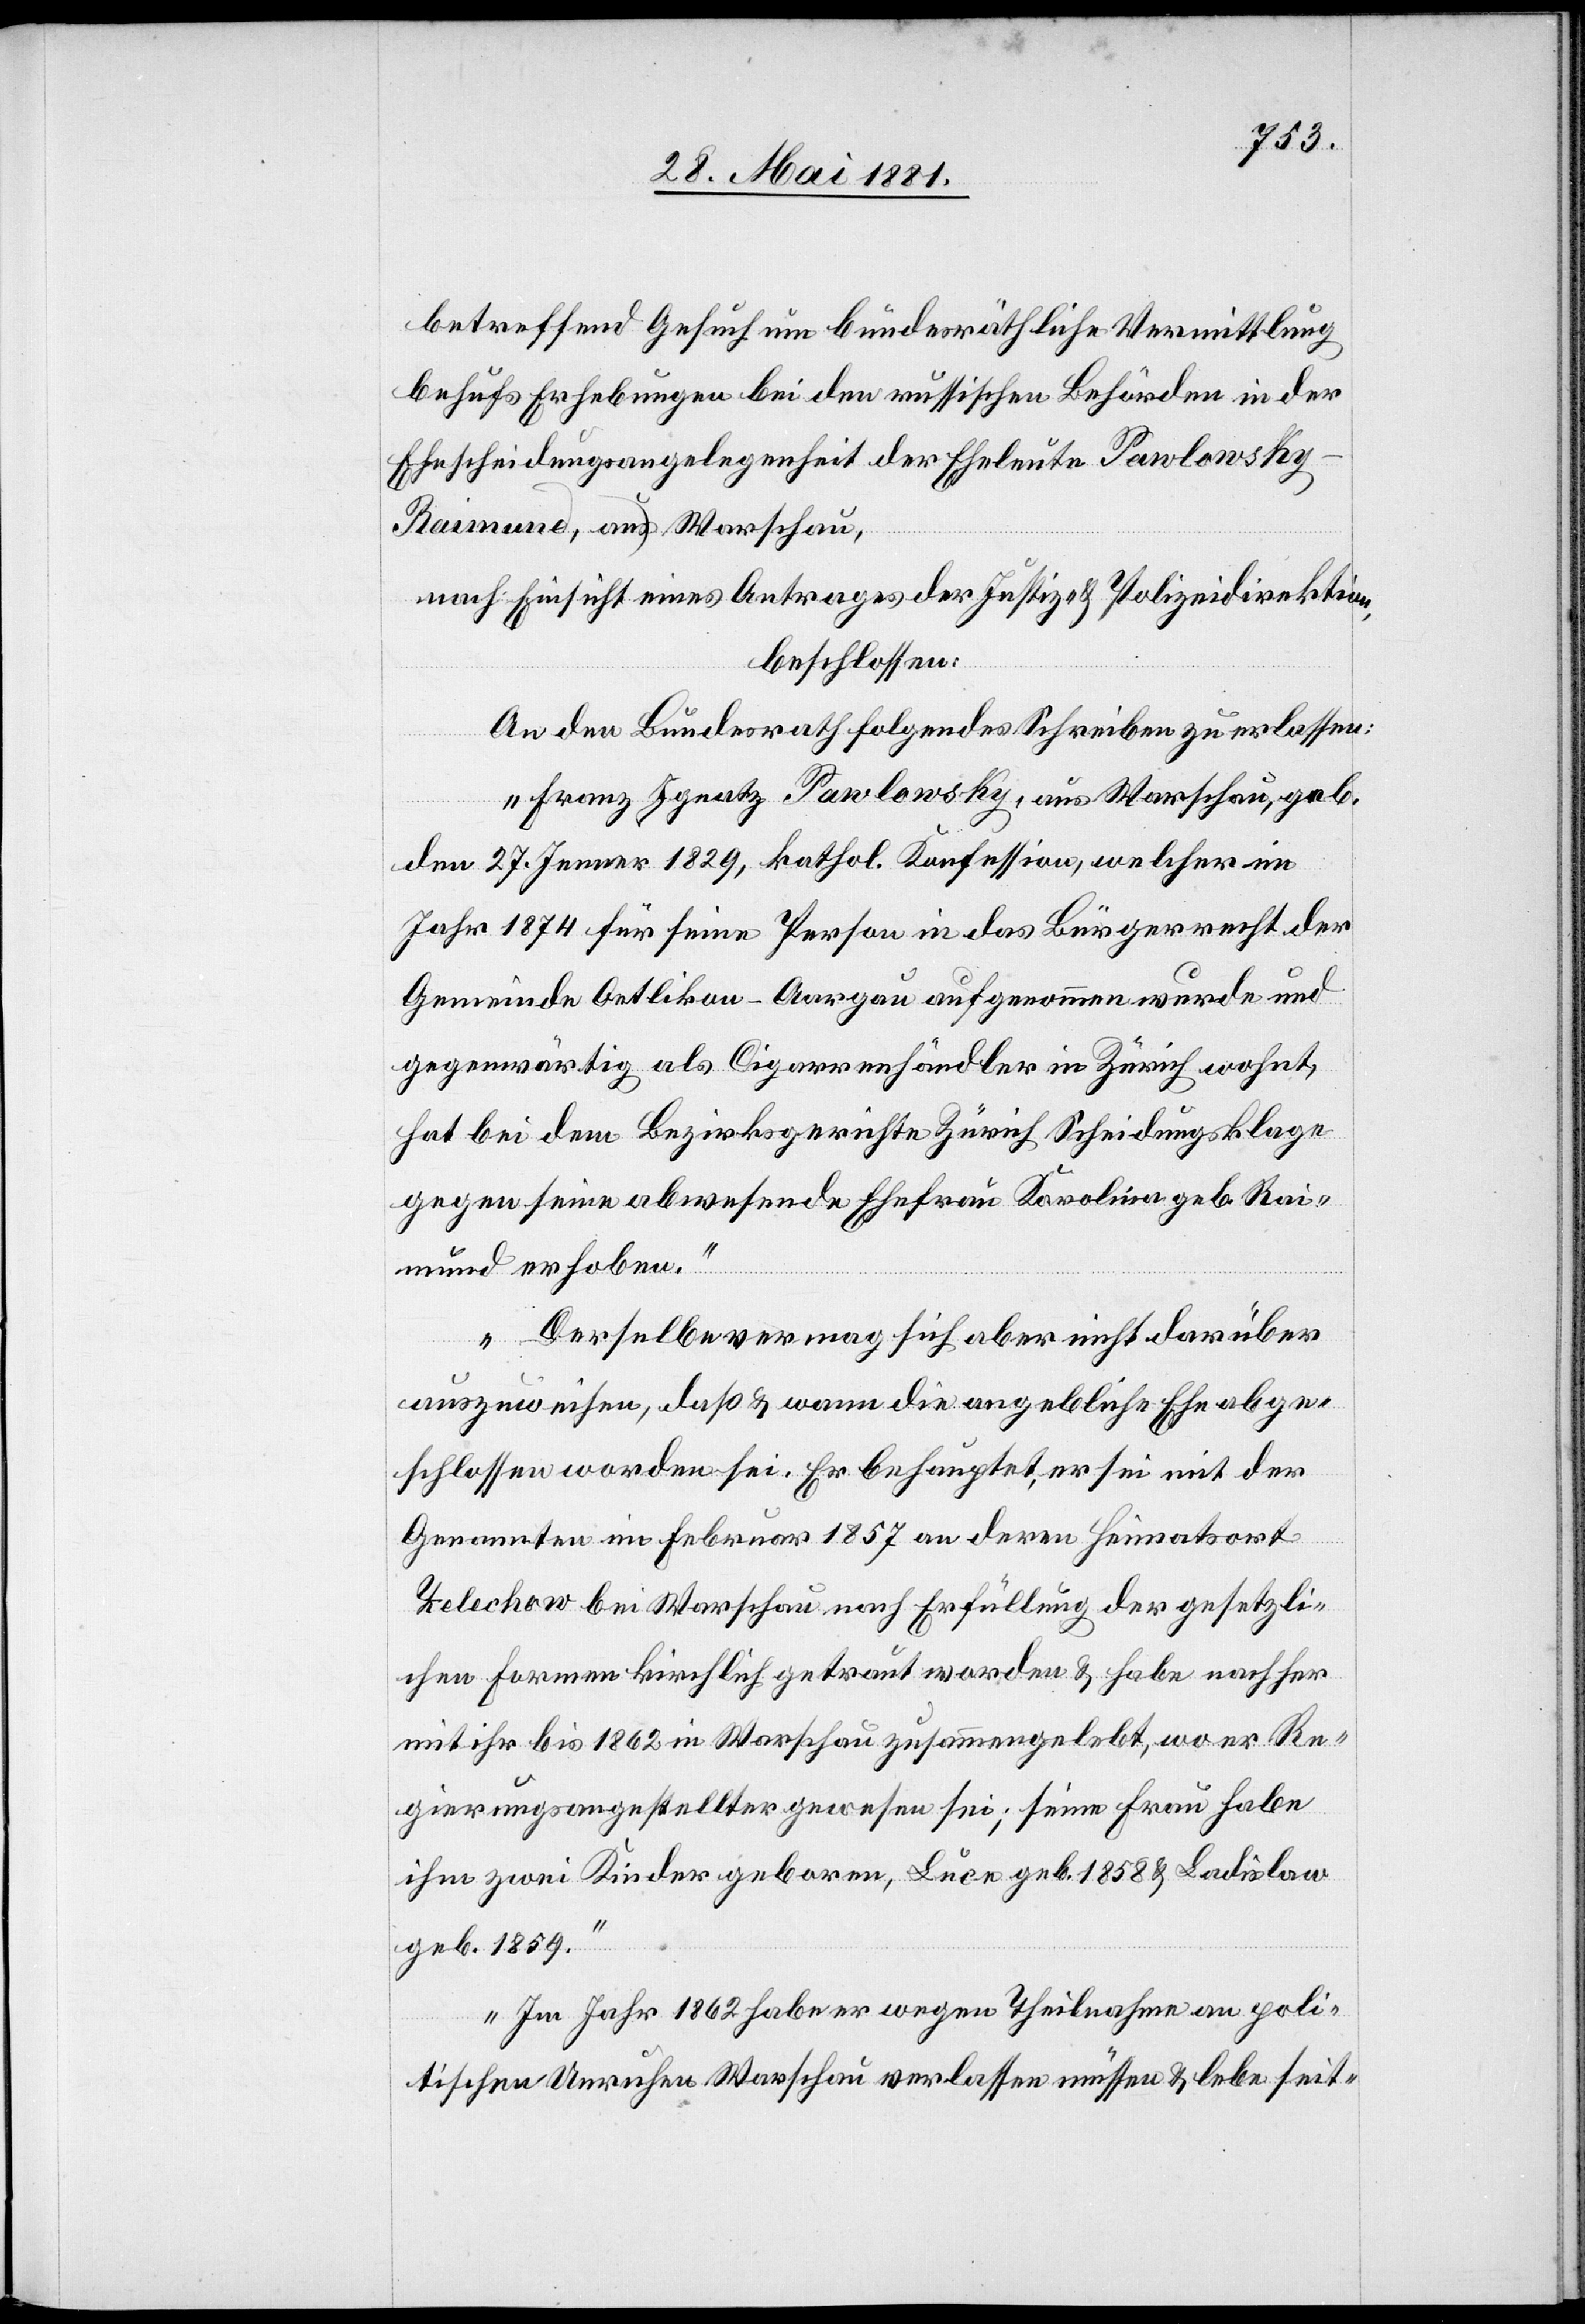
betreffend Gesuch um bundesräthliche Vermittlung
behufs Erhebungen bei den russischen Behörden in der
Ehescheidungsangelegenheit der Eheleute Pawlowsky
Raimund, aus Warschau,
nach Einsicht eines Antrages der Justiz- & Polizeidirektion,
beschlossen:
An den Bundesrath folgendes Schreiben zu erlassen:
„Franz Ignatz Pawlowsky, aus Warschau, geb.
den 27. Jener 1829, kathol. Konfession, welcher im
Jahr 1874 für seine Person in das Bürgerrecht der
Gemeinde Oetlikon - Aargau aufgenommen wurde und
gegenwärtig als Cigarrenhändler in Zürich wohnt,
hat bei dem Bezirksgerichte Zürich Scheidungsklage
gegen seine abwesende Ehefrau Karolina geb. Rai¬
mund erhoben.
Derselbe vermag sich aber nicht darüber
auszuweisen, daß und wann die angebliche Ehe abge¬
schlossen worden sei. Er behauptet, er sei mit der
Genannten im Februar 1857 an deren Heimatsort
Telechow bei Warschau nach Erfüllung der gesetzli¬
chen Formen kirchlich getraut worden & habe nachher
mit ihr bis 1862 in Warschau zusammengelebt, wo er Re¬
gierungsangestellter gewesen sei; seine Frau habe
ihm zwei Kinder geboren, Luce geb. 1858 & Ladislaw
geb. 1859.
Im Jahr 1862 habe er wegen Theilnahme an poli¬
tischen Unruhen Warschau verlassen müssen & lebe seit-